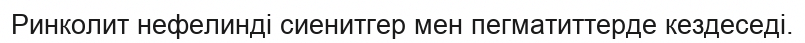
Ринколит нефелинді сиенитгер мен пегматиттерде кездеседі.